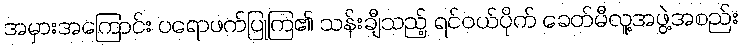
အမှားအကြောင်း ပရောဖက်ပြုကြ၏ သန်းချီသည့် ရင်ဝယ်ပိုက် ခေတ်မီလူ့အဖွဲ့အစည်း